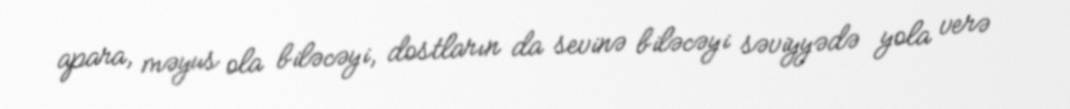
apara, məyus ola biləcəyi, dostların da sevinə biləcəyi səviyyədə yola verə